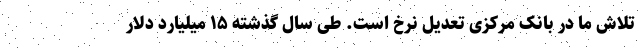
تلاش ما در بانک مرکزی تعدیل نرخ است. طی سال گذشته ۱۵ میلیارد دلار